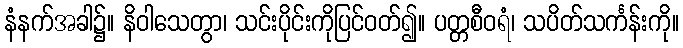
နံနက်အခါ၌။ နိဝါသေတွာ၊ သင်းပိုင်းကိုပြင်ဝတ်၍။ ပတ္တစီဝရံ၊ သပိတ်သင်္ကန်းကို။